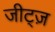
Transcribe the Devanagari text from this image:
जीट्ज़